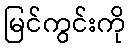
မြင်ကွင်းကို